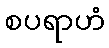
စပရာဟံ